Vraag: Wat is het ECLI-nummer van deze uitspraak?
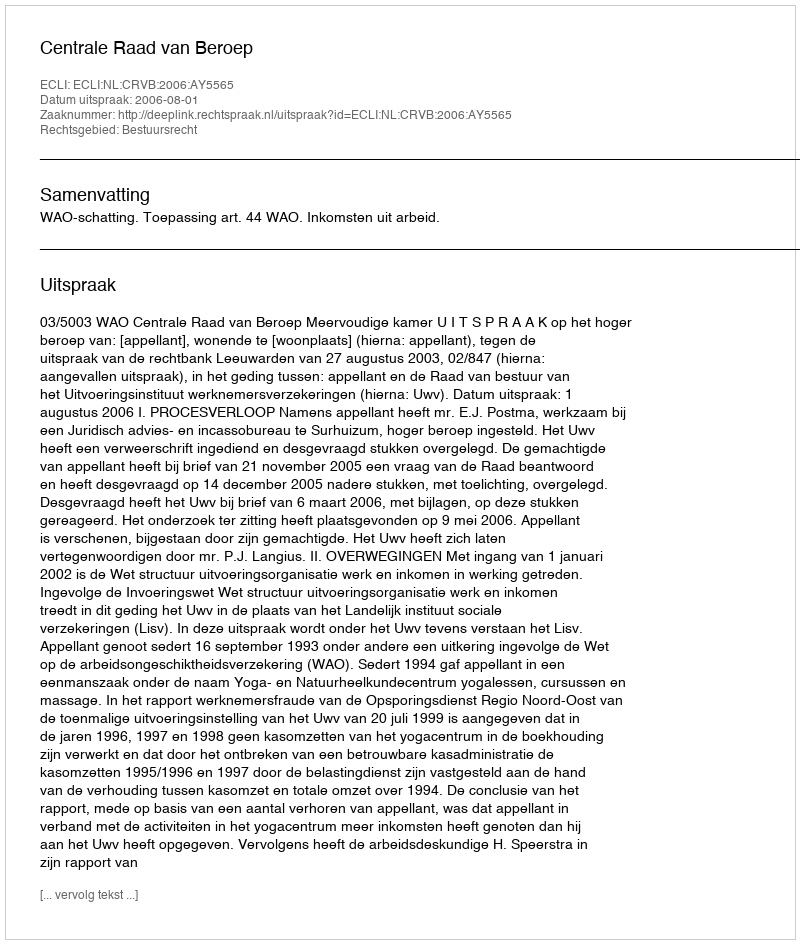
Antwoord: ECLI:NL:CRVB:2006:AY5565